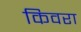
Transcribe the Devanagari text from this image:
किवरा